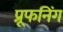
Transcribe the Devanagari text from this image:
प्रूफनिंग